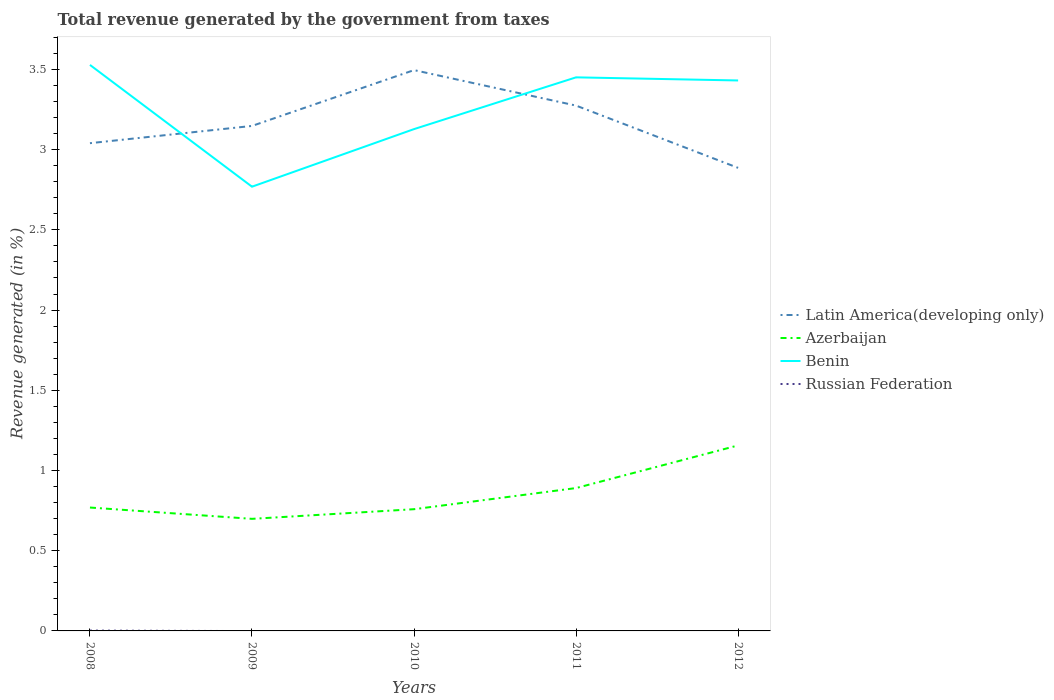
| Years | Latin America(developing only) | Azerbaijan | Benin | Russian Federation |
 | --- | --- | --- | --- | --- |
 | 2008 | 3.04 | 0.769 | 3.53 | 0.00212 |
 | 2009 | 3.15 | 0.699 | 2.77 | -0.000982 |
 | 2010 | 3.5 | 0.759 | 3.13 | -0.00162 |
 | 2011 | 3.27 | 0.891 | 3.45 | -0.00148 |
 | 2012 | 2.89 | 1.16 | 3.43 | -0.00474 |